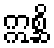
ဣစ္ဆိ